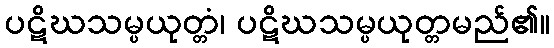
ပဋိဃသမ္ပယုတ္တံ၊ ပဋိဃသမ္ပယုတ္တမည်၏။